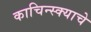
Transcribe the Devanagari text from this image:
काचिन्स्क्याचे